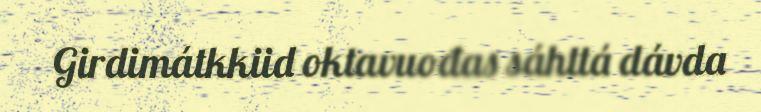
Girdimátkkiid oktavuođas sáhttá dávda